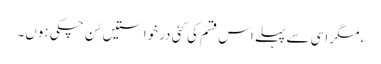
، مگر اسی سے پہلے اس قسم کی کئی درخواستیں سُن چکی ہوں۔